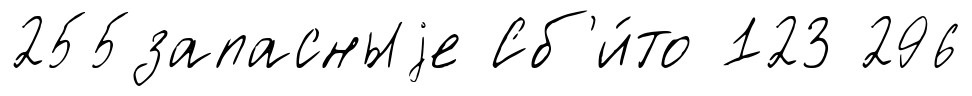
255запасныjе Сб'и́то 123 296